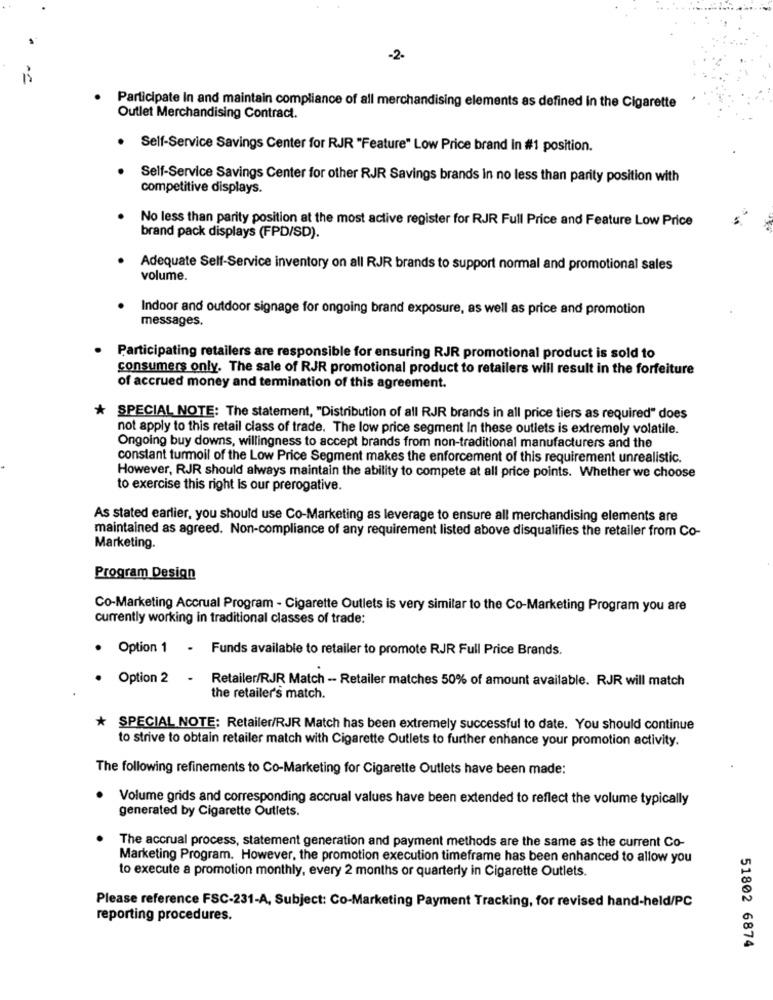
-2-
Participate In and maintain compliance of all merchandising elements as defined in the Cigarette
Outlet Merchandising Contract.
. Self-Service Savings Center for RJR "Feature" Low Price brand in #1 position.
Self-Service Savings Center for other RJR Savings brands In no less than parity position with
competitive displays.
No less than parity position at the most active register for RJR Full Price and Feature Low Price
brand pack displays (FPD/SD).
Adequate Self-Service inventory on all RJR brands to support normal and promotional sales
volume.
Indoor and outdoor signage for ongoing brand exposure, as well as price and promotion
messages.
Participating retailers are responsible for ensuring RJR promotional product is sold to
consumers only. The sale of RJR promotional product to retailers will result in the forfeiture
of accrued money and termination of this agreement.
* SPECIAL NOTE: The statement, "Distribution of all RJR brands in all price tiers as required" does
not apply to this retail class of trade. The low price segment In these outlets is extremely volatile.
Ongoing buy downs, willingness to accept brands from non-traditional manufacturers and the
constant turmoil of the Low Price Segment makes the enforcement of this requirement unrealistic.
However, RJR should always maintain the ability to compete at all price points. Whether we choose
to exercise this right is our prerogative.
As stated earlier, you should use Co-Marketing as leverage to ensure all merchandising elements are
maintained as agreed. Non-compliance of any requirement listed above disqualifies the retailer from Co-
Marketing.
Program Design
Co-Marketing Accrual Program - Cigarette Outlets is very similar to the Co-Marketing Program you are
currently working in traditional classes of trade:
· Option 1 - Funds available to retailer to promote RJR Full Price Brands.
. Option 2 - Retailer/RJR Match - Retailer matches 50% of amount available. RJR will match
the retailer's match.
* SPECIAL NOTE: Retailer/RJR Match has been extremely successful to date. You should continue
to strive to obtain retailer match with Cigarette Outlets to further enhance your promotion activity.
The following refinements to Co-Marketing for Cigarette Outlets have been made:
Volume grids and corresponding accrual values have been extended to reflect the volume typically
generated by Cigarette Outlets.
The accrual process, statement generation and payment methods are the same as the current Co-
Marketing Program. However, the promotion execution timeframe has been enhanced to allow you
to execute a promotion monthly, every 2 months or quarterly in Cigarette Outlets.
Please reference FSC-231-A, Subject: Co-Marketing Payment Tracking, for revised hand-held/PC
reporting procedures.
51802 6874